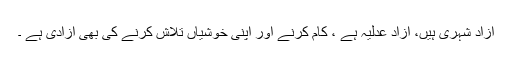
آزاد شہری ہیں، آزاد عدلیہ ہے ، کام کرنے اور اپنی خوشیاں تلاش کرنے کی بھی آزادی ہے ۔